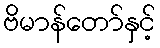
ဗိမာန်တော်နှင့်